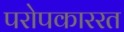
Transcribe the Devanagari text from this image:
परोपकाररत